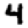
Digit: 4